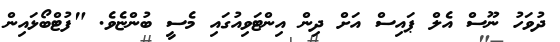
ދުވަހު ނޫސް އެލް ޕައިސް އަށް ދިން އިންޓަވިއުގައި މެސީ ބުންޏެވެ. "ފުޓްބޯޅައިން